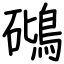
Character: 𥖧